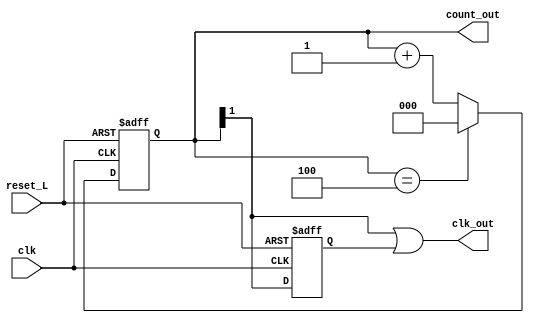
`timescale 1ns / 1ps
//////////////////////////////////////////////////////////////////////////////////
// Company: 
// Engineer: 
// 
// Design Name: 
// Module Name: MOD5_50_DC
// Project Name: 
// Target Devices: 
// Tool Versions: 
// Description: 
// 
// Dependencies: 
// 
// Revision:
// Revision 0.01 - File Created
// Additional Comments:
// 
//////////////////////////////////////////////////////////////////////////////////


module MOD5_50_DC(
input clk,
input reset_L,
output [2:0] count_out,
output clk_out
    );
    reg [2:0] count = 'b0;
    reg temp = 'b0;
    always @ (posedge clk, negedge reset_L)
    begin
    if(!reset_L)
    count <= 'b0;
    else if(count == 3'b100)
    count <= 'b0;
    else
    count <= count + 1'b1;
    end
 
    
    always @ (negedge clk, negedge reset_L)
    begin
    if(!reset_L)
    temp <= 'b0;
    else
    temp <= count[1];
    end
    
    assign clk_out = count[1] | temp;
    assign count_out = count;
    
endmodule